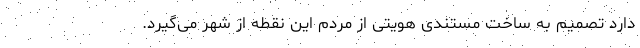
دارد تصمیم به ساخت مستندی هویتی از مردم این نقطه از شهر می‌گیرد.